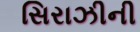
સિરાઝીની